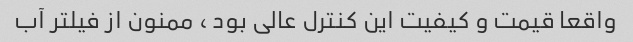
واقعا قیمت و کیفیت این کنترل عالی بود ، ممنون از فیلتر آب